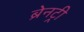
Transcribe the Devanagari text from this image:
ब्रेनट्री